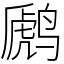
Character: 䴘